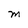
Character: M